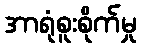
အာရုံစူးစိုက်မှု